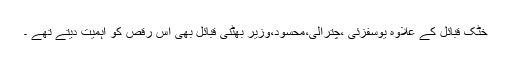
خٹک قبائل کے علاوہ یوسفزئی ،چترالی،محسود،وزیر بھٹنی قبائل بھی اس رقص کو اہمیت دیتے تھے ۔